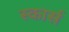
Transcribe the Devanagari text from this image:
स्कार्स